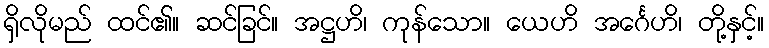
ရှိလိုမည် ထင်၏။ ဆင်ခြင်။ အဋ္ဌဟိ၊ ကုန်သော။ ယေဟိ အင်္ဂေဟိ၊ တို့နှင့်။